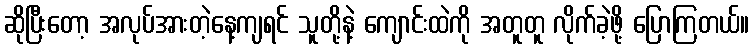
ဆိုပြီးတော့ အလုပ်အားတဲ့နေ့ကျရင် သူတို့နဲ့ ကျောင်းထဲကို အတူတူ လိုက်ခဲ့ဖို့ ပြောကြတယ်။